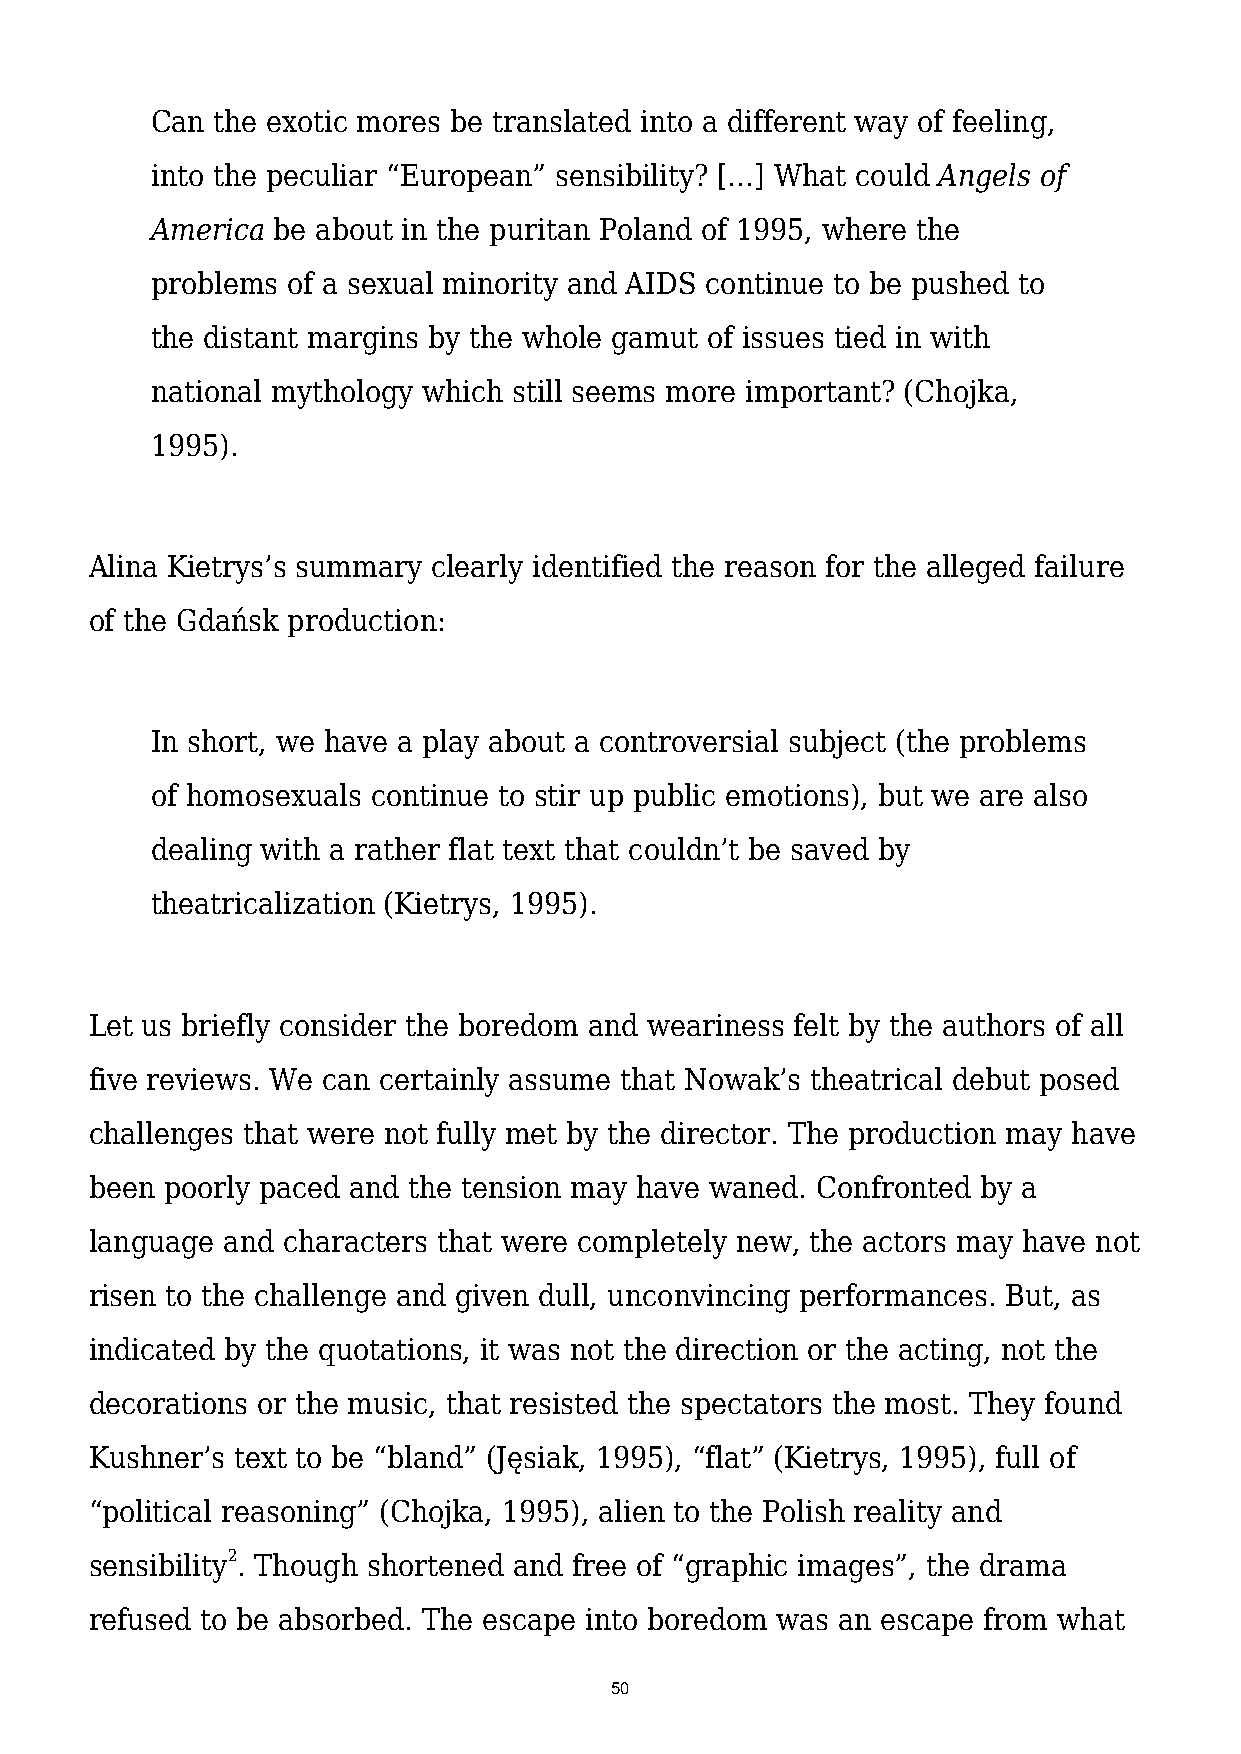
Can the exotic mores be translated into a different way of feeling,
 into the peculiar “European” sensibility? […] What could Angels of
 America be about in the puritan Poland of 1995, where the
 problems of a sexual minority and AIDS continue to be pushed to
 the distant margins by the whole gamut of issues tied in with
 national mythology which still seems more important? (Chojka,
 1995).
 Alina Kietrys’s summary clearly identified the reason for the alleged failure
 of the Gdańsk production:
 In short, we have a play about a controversial subject (the problems
 of homosexuals continue to stir up public emotions), but we are also
 dealing with a rather flat text that couldn’t be saved by
 theatricalization (Kietrys, 1995).
 Let us briefly consider the boredom and weariness felt by the authors of all
 five reviews. We can certainly assume that Nowak’s theatrical debut posed
 challenges that were not fully met by the director. The production may have
 been poorly paced and the tension may have waned. Confronted by a
 language and characters that were completely new, the actors may have not
 risen to the challenge and given dull, unconvincing performances. But, as
 indicated by the quotations, it was not the direction or the acting, not the
 decorations or the music, that resisted the spectators the most. They found
 Kushner’s text to be “bland” (Jęsiak, 1995), “flat” (Kietrys, 1995), full of
 “political reasoning” (Chojka, 1995), alien to the Polish reality and
 sensibility2. Though shortened and free of “graphic images”, the drama
 refused to be absorbed. The escape into boredom was an escape from what
 50